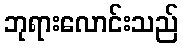
ဘုရားလောင်းသည်